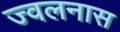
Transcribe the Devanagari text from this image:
ज्वलनास